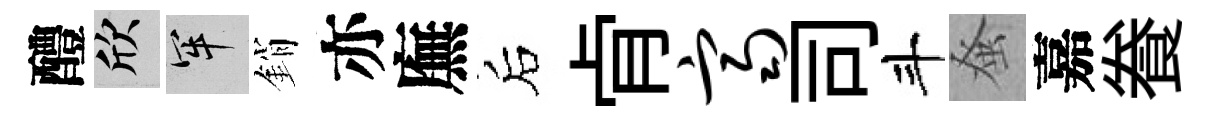
醴欣牢銷亦廡后肻齐司斗𫊫嘉飬